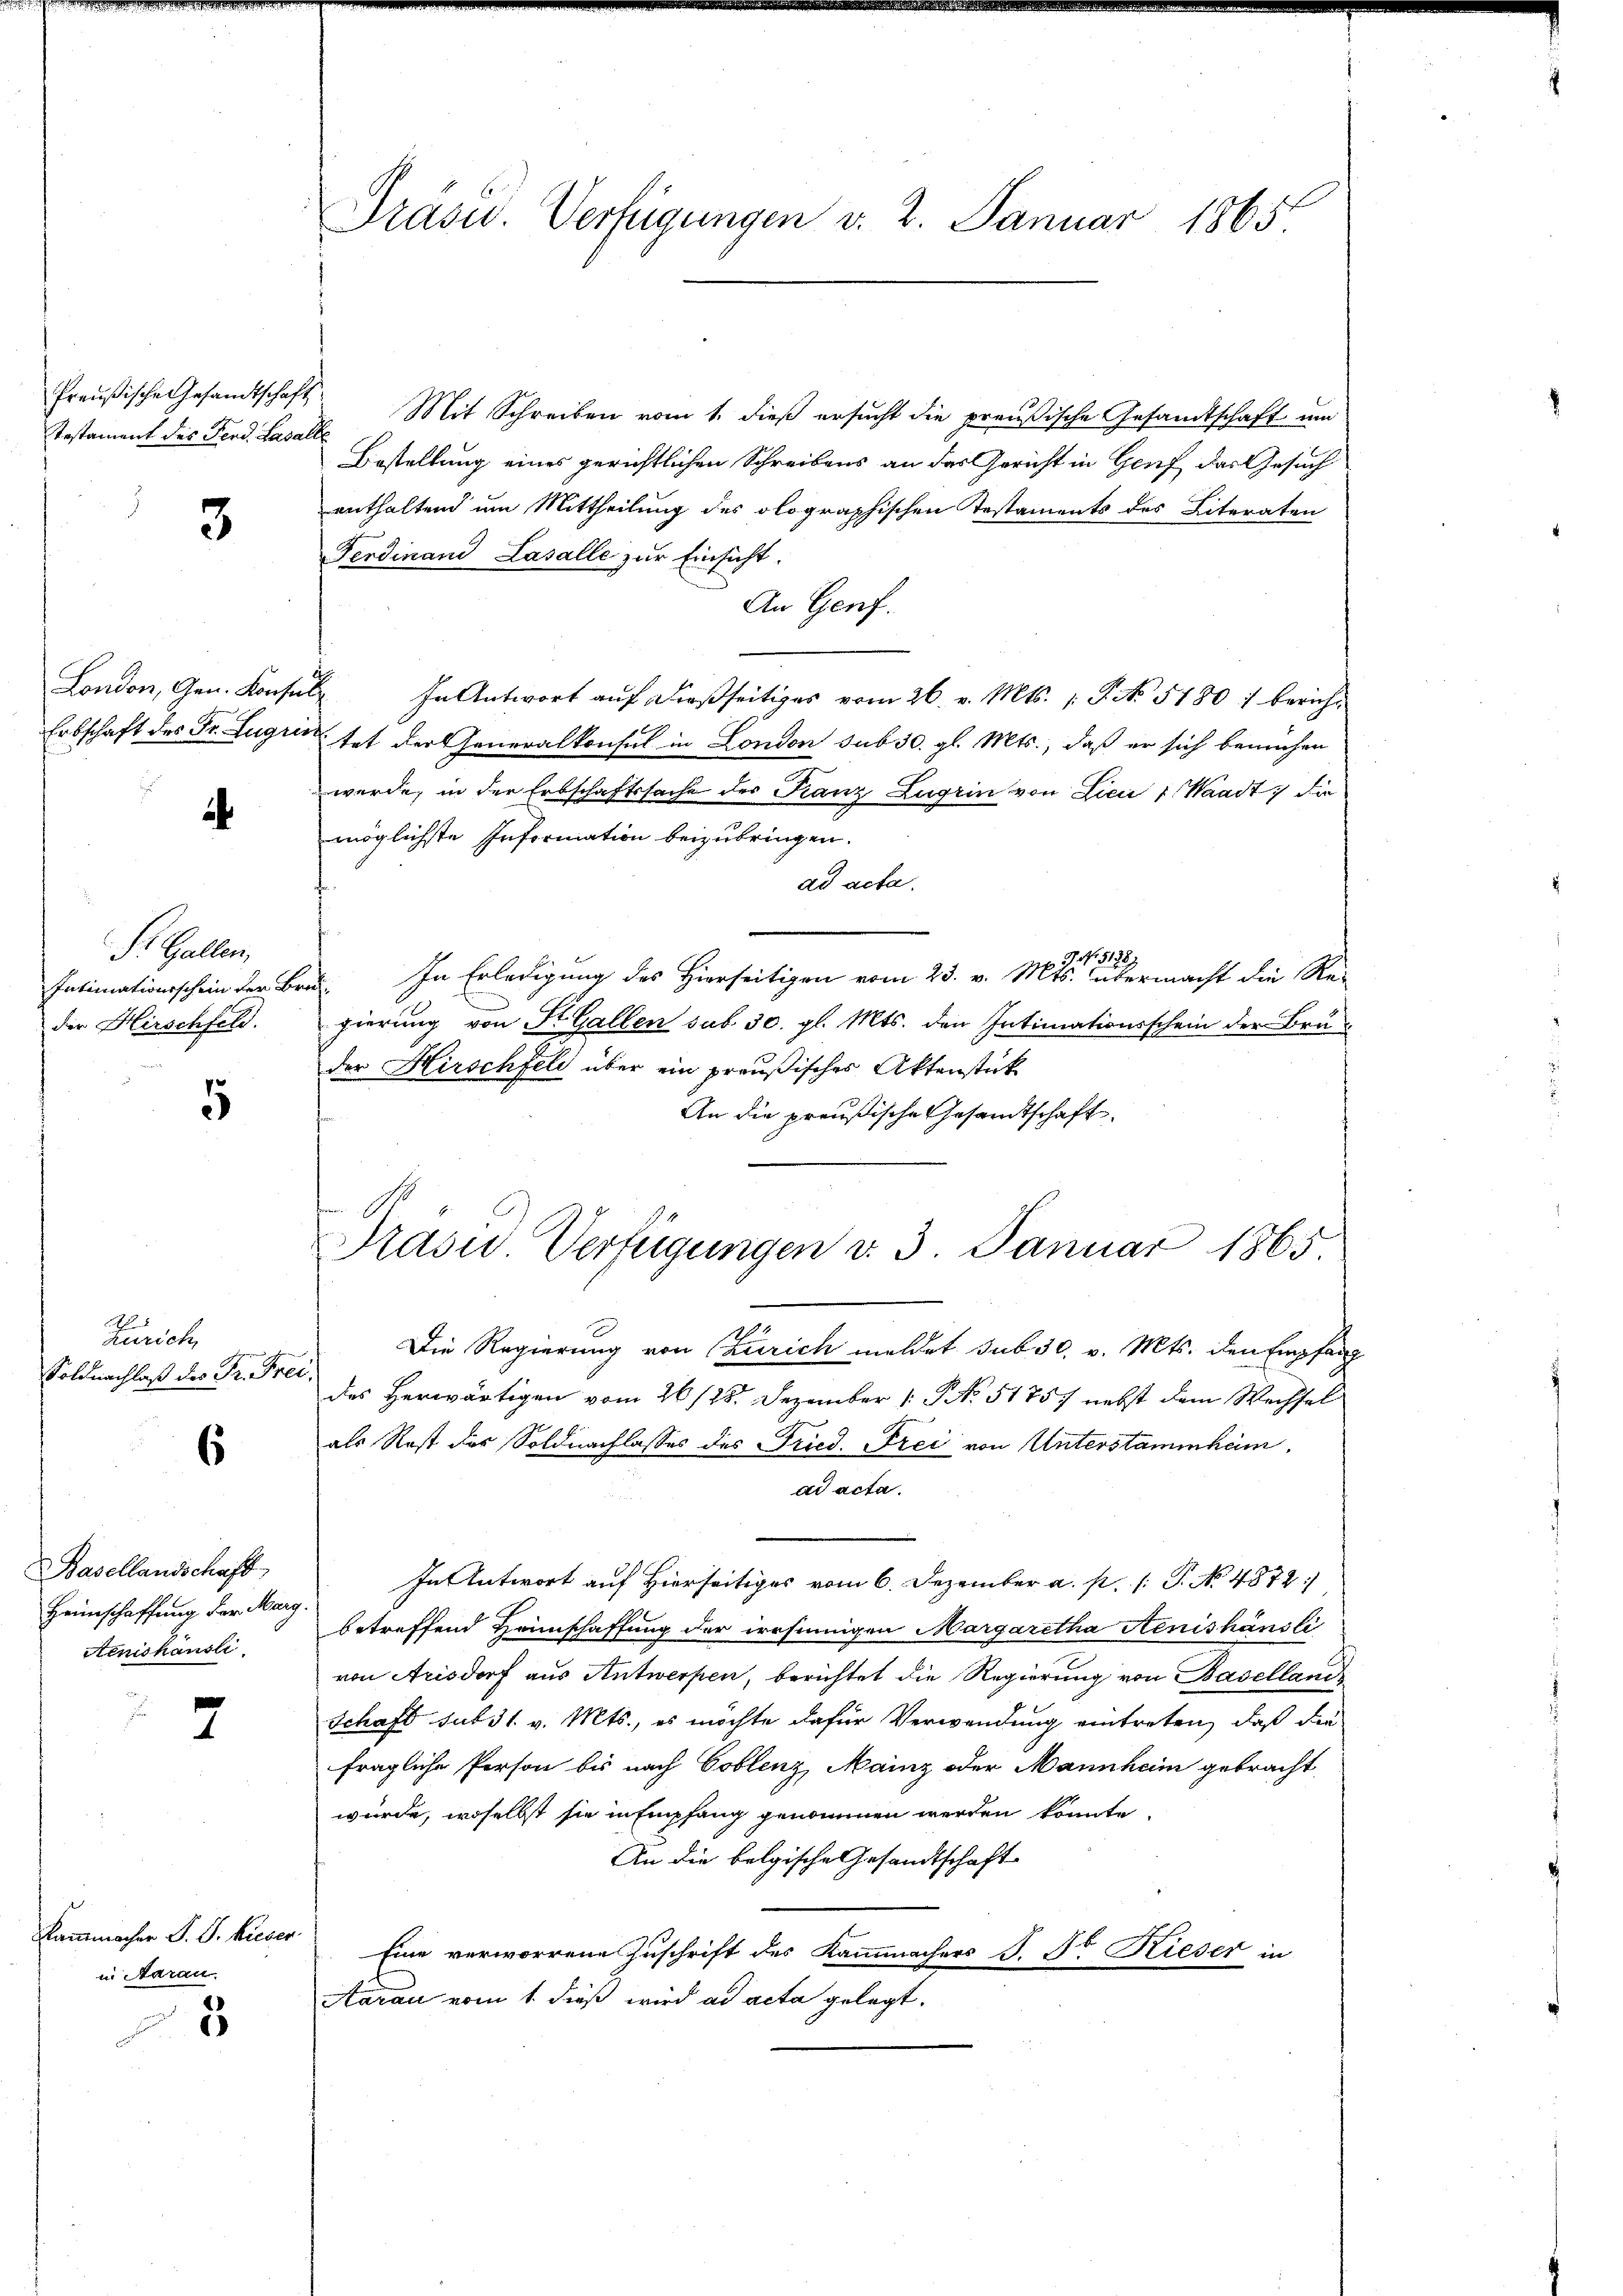
Preußische Gesandtschaft
Testament des Ferd. Kasalle

3

¬

St. Gallen,
der Hirschfeld.

5

H
Zürich,
Soldnachlaß des Dr. Frei

s

Basellandschaft
Heimschaffung der Marg
Aenishäusli

7

kammmacher J. J. Kieser
in Aarau

3

Präsid. Verfügungen v. 2. Januar 1865

Mit Schreiben vom 1. dieß ersucht die preußische Gesandtschaft um
Bestellung eines gerichtlichen Schreibens an das Gericht in Genf das Gesuch
enthaltend um Mittheilung des olographischen Testaments des Literaten
Ferdinand Lasalle zur Einsicht.
An Genf.
London, Gen. Konsul In Antwort aŭf dießseitiges vom 26. v. Mts. 1. P. No. 51801 bericht
Erbschaft des Fr. Zugri, tat der Generalkonsul in London sub 30. gl. Mts., daß er sich bemühen
wurde, in der Erbschaftssache der Franz Zugrin von Licii 1. Waadt, die
möglichste Information beizubringen.
ad acta.
9 No. 51387
Intimationsschein der Bru. In Erledigung des Hierseitigen vom 23. v. Mts. übermacht die Re-
gierung von St. Gallen sub 30. gl. Mts. den Intimationsschein der Bru-
der Hirschfeld über ein preußisches Aktenstück
An die preußische Gesandtschaft
Die Regierung von Zürich meldet sub 30. v. Mts. den Empfang
des Herwärtigen vom 26. 128. Dezember 1 NNo. 51757 nebst dem Wechsel
als Rost der Soldnachlasses des Fried. Frei von Unterstammheim.
ad acta.
In Antwort auf Hierseitiges vom 6. Dezember a. p. /: P. No 4872/
betreffend Heimschaffung der irrsinnigen Margaretha Henishänsli
von Arisdorf aus Antwerpen, berichtet die Regierung von Basellands
Schaft sub 31. v. Mts., es möchte dafür Verwendung eintreten, daß die
fragliche Person bis nach Coblenz, Mainz oder Mannham gebracht
würde, woselbst sie in Empfang genommen werden könnte,
An die belgische Gesandtschaft
Eine verworrene Zuschrift des Kammmachers S. Dr Rieser in
Aarau vom 1. dieß wird ad acta gelegt.

Frasu. Verfügungen v. 3. Januar 1865.